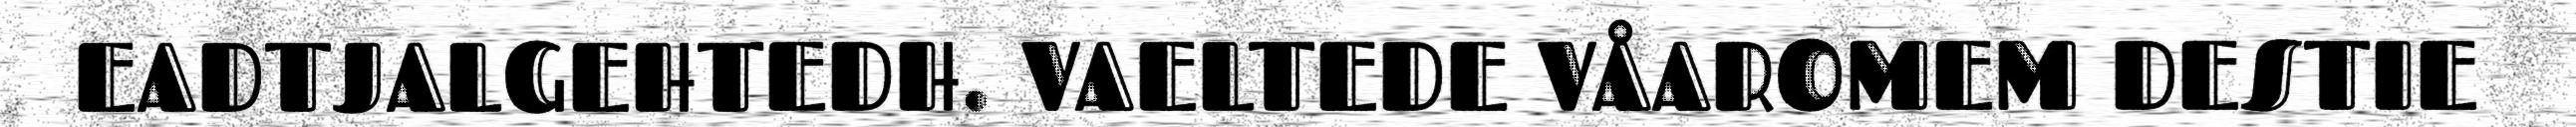
EADTJALGEHTEDH. VAELTEDE VÅAROMEM DESTIE